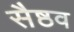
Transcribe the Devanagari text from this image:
सैष्ठव